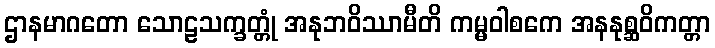
ဌာနမာဂတော သောဠသက္ခတ္တုံ အနုဘဝိဿာမီတိ ကမ္မဝါစကေ အနနုစ္ဆဝိကတ္တာ